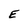
Character: E